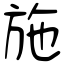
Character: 施